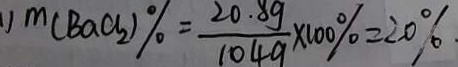
1 ) m ( B a C l _ { 2 } ) \% = \frac { 2 0 . 8 g } { 1 0 4 g } \times 1 0 0 \% = 2 0 \% .